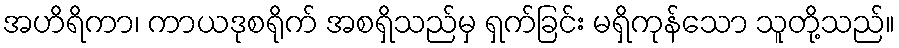
အဟိရိကာ၊ ကာယဒုစရိုက် အစရှိသည်မှ ရှက်ခြင်း မရှိကုန်သော သူတို့သည်။